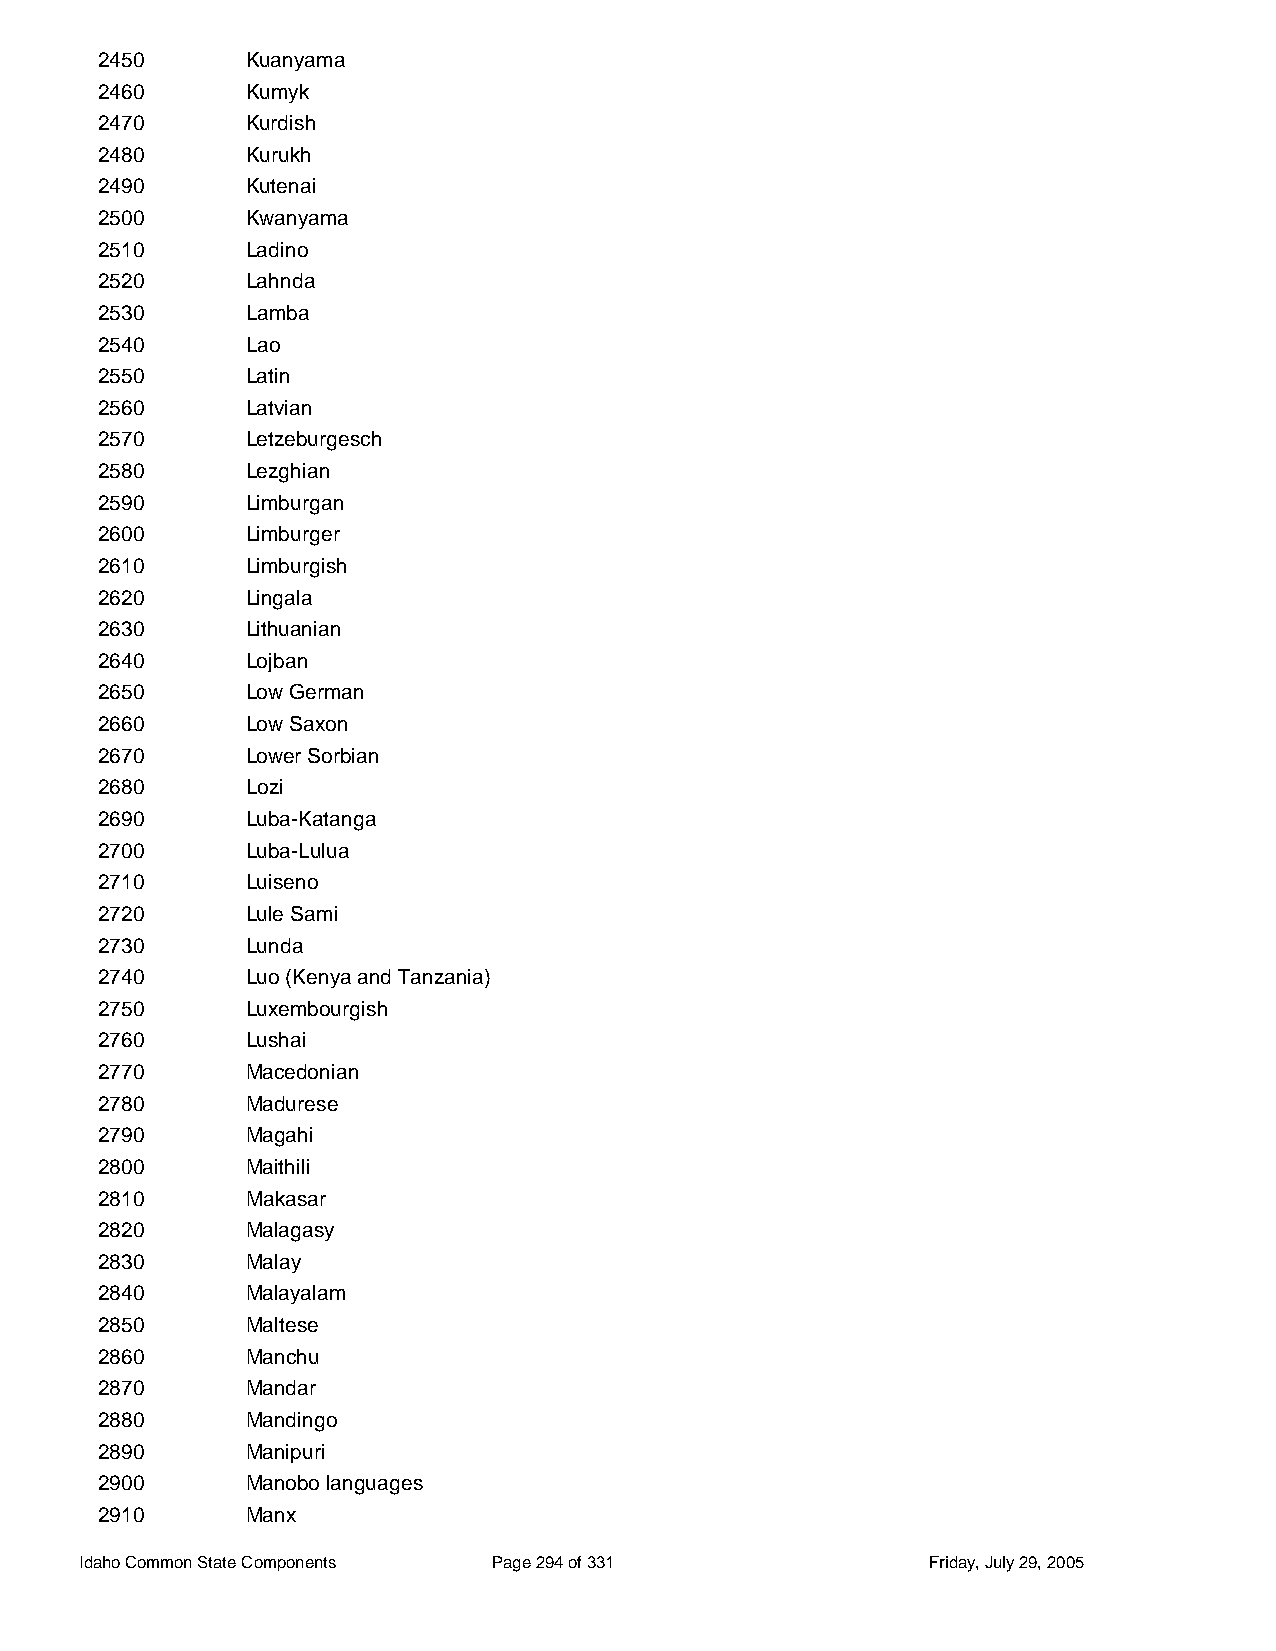
2450      Kuanyama
 2460      Kumyk
 2470      Kurdish
 2480      Kurukh
 2490      Kutenai
 2500      Kwanyama
 2510      Ladino
 2520      Lahnda
 2530      Lamba
 2540      Lao
 2550      Latin
 2560      Latvian
 2570      Letzeburgesch
 2580      Lezghian
 2590      Limburgan
 2600      Limburger
 2610      Limburgish
 2620      Lingala
 2630      Lithuanian
 2640      Lojban
 2650      Low German
 2660      Low Saxon
 2670      Lower Sorbian
 2680      Lozi
 2690      Luba-Katanga
 2700      Luba-Lulua
 2710      Luiseno
 2720      Lule Sami
 2730      Lunda
 2740      Luo (Kenya and Tanzania)
 2750      Luxembourgish
 2760      Lushai
 2770      Macedonian
 2780      Madurese
 2790      Magahi
 2800      Maithili
 2810      Makasar
 2820      Malagasy
 2830      Malay
 2840      Malayalam
 2850      Maltese
 2860      Manchu
 2870      Mandar
 2880      Mandingo
 2890      Manipuri
 2900      Manobo languages
 2910      Manx
 Idaho Common State Components Page 294 of 331           Friday, July 29, 2005